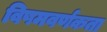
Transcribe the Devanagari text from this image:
विषमवर्णकता